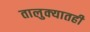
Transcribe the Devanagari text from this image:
तालुक्‍यातही